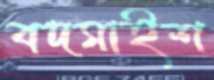
বদমাইশ